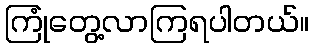
ကြုံတွေ့လာကြရပါတယ်။